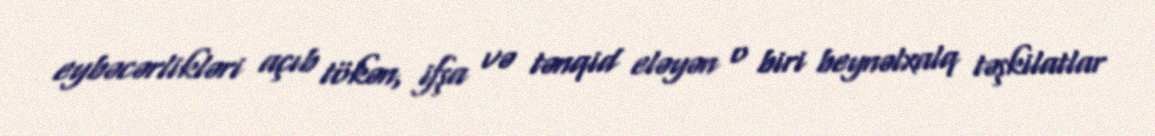
eybəcərlikləri açıb tökən, ifşa və tənqid eləyən o biri beynəlxalq təşkilatlar